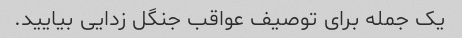
یک جمله برای توصیف عواقب جنگل زدایی بیایید.